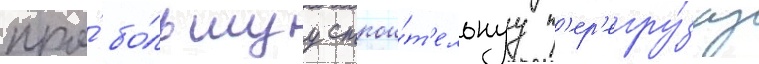
про́ бо́льшуу строи́т'ельнуу п'ер'егру́зку